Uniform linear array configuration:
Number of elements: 24
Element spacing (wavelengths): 0.25
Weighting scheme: exponential
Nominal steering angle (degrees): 45
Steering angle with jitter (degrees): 43.962
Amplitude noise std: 0.05
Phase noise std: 0.05

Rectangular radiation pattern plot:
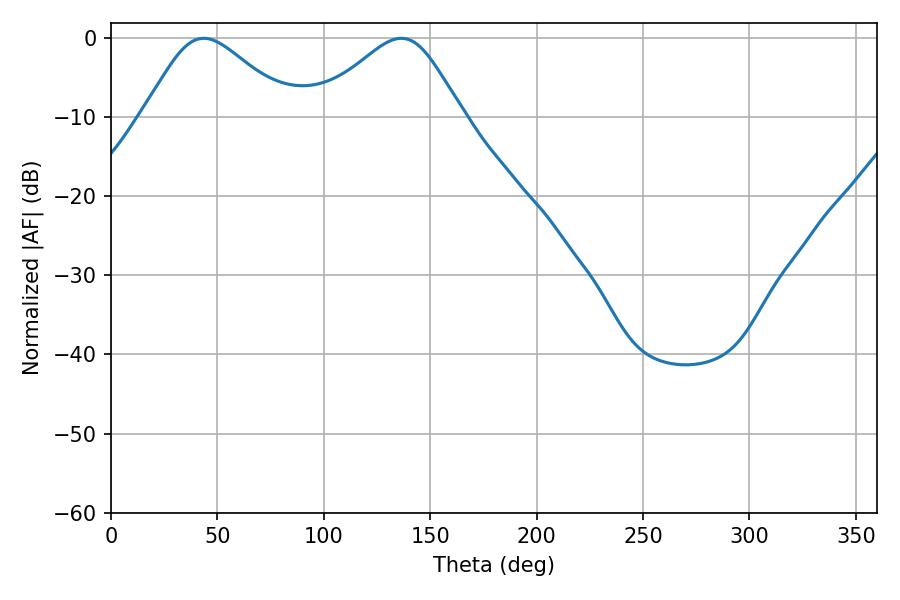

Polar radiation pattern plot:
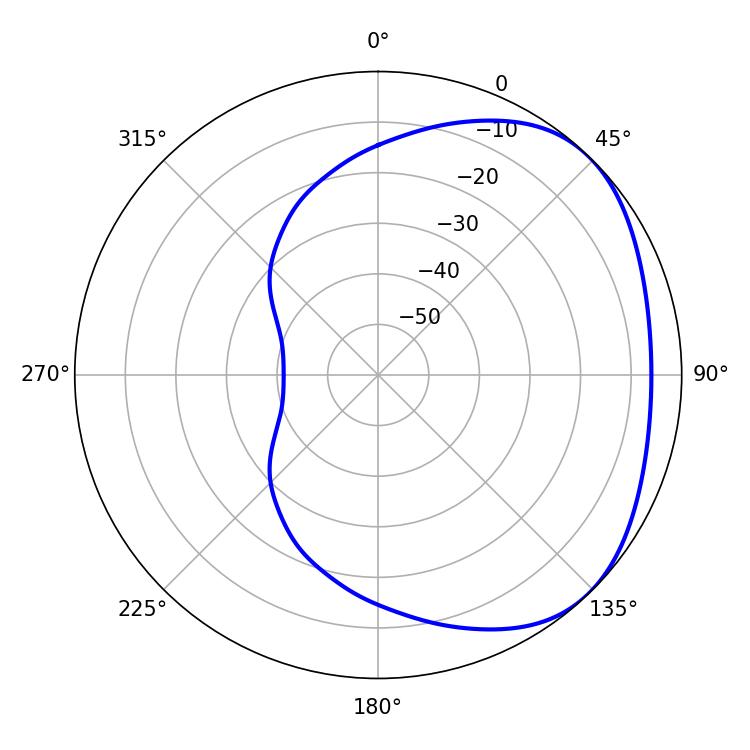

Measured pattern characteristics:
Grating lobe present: FALSE
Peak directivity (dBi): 2.926
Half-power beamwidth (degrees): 34.38
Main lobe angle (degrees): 43.56